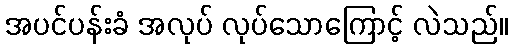
အပင်ပန်းခံ အလုပ် လုပ်သောကြောင့် လဲသည်။